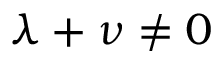
\lambda + \nu \neq 0